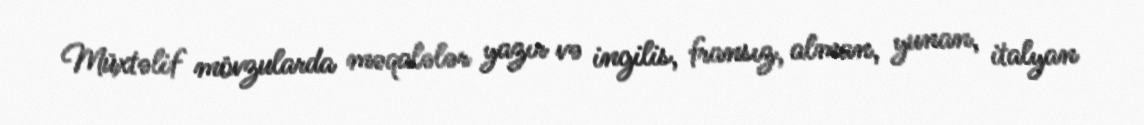
Müxtəlif mövzularda məqalələr yazır və ingilis, fransız, alman, yunan, italyan